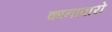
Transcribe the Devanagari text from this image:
कानावारो